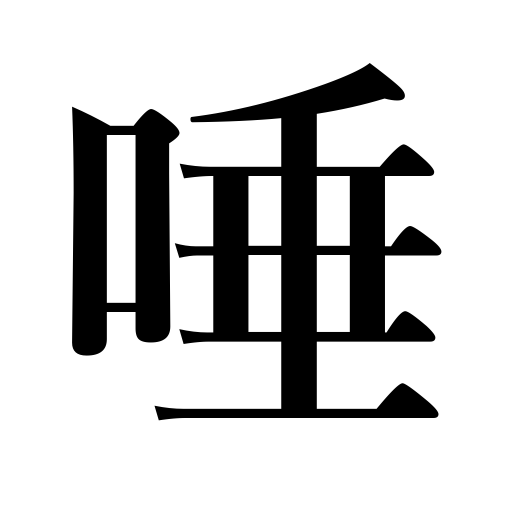
Meanings: saliva,sputum